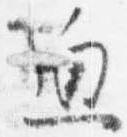
迫